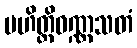
မဟိတ္ထိဝဏ္ဏသတံ